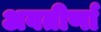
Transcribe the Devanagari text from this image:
अवतीर्णा